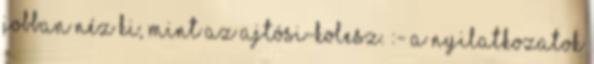
jobban néz ki, mint az Ajtósi-kolesz. :- A nyilatkozatok